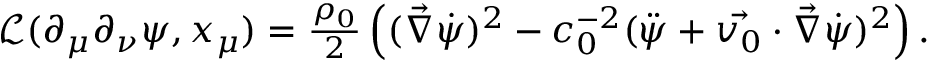
\begin{array} { r } { \mathcal { L } ( \partial _ { \mu } \partial _ { \nu } \psi , x _ { \mu } ) = \frac { \rho _ { 0 } } { 2 } \left( ( \vec { \nabla } \dot { \psi } ) ^ { 2 } - c _ { 0 } ^ { - 2 } ( \ddot { \psi } + \vec { v _ { 0 } } \cdot \vec { \nabla } \dot { \psi } ) ^ { 2 } \right) . } \end{array}